Indian journal of veterinary science and animal husbandry - Volume 10,
Year: 1940
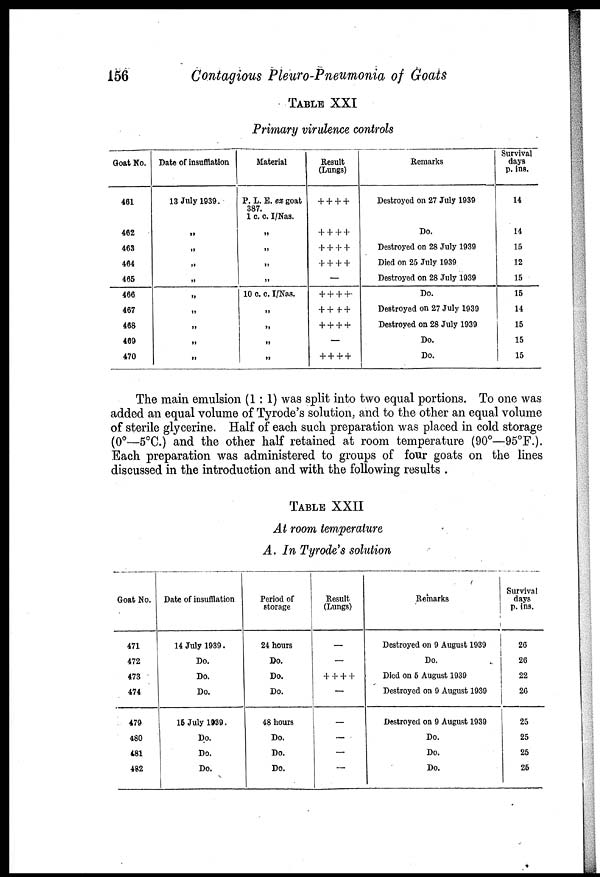
156
Contagious Pleuro-Pneumonia of Goats
TABLE XXI
Primary virulence controls
Goat No.
461
462
463
464
465
466
467
468
469
470
Date of insufflation
13 July 1939.
„
„
„
„
„
„
„
„
„
Material
P. L. E. ex goat
387.
I c. c. I/Nas.
„
„
„
„
10 c. c. I/Nas.
„
„
„
„
Result
(Lungs)
+ + + +
+ + + +
+ + + +
+ + + +
—
+ + + +
+ + + +
+ + + +
—
+ + + +
Remarks
Destroyed on 27 July 1939
Do.
Destroyed on 28 July 1939
Died on 25 July 1939
Destroyed on 28 July 1939
Do.
Destroyed on 27 July 1939
Destroyed on 28 July 1939
Do.
Do.
Survival
days
p. ins.
14
14
15
12
15
15
14
15
15
15
The main emulsion (1 : 1) was split into two equal portions. To one was
added an equal volume of Tyrode's solution, and to the other an equal volume
of sterile glycerine. Half of each such preparation was placed in cold storage
(0°—5°C.) and the other half retained at room temperature (90°—95°F.).
Each preparation was administered to groups of four goats on the lines
discussed in the introduction and with the following results .
TABLE XXII
At room temperature
A. In Tyrode's solution
Goat No.
471
472
473
474
479
480
481
482
Date of insufflation
14 July 1939.
Do.
Do.
Do.
15 July 1939.
Do.
Do.
Do.
Period of
storage
24 hours
Do.
Do.
Do.
48 hours
Do.
Do.
Do.
Result
(Lungs)
—
—
+ + + +
—
—
—
—
—
Remarks
Destroyed on 9 August 1939
Do.
Died on 5 August 1939
Destroyed on 9 August 1939
Destroyed on 9 August 1939
Do.
Do.
Do.
Survival
days
p. ins.
26
26
22
26
25
25
25
25